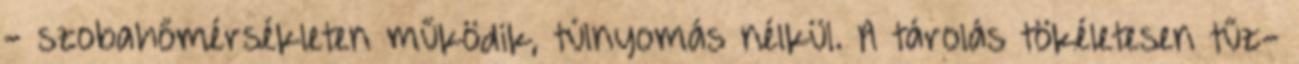
- szobahőmérsékleten működik, túlnyomás nélkül. A tárolás tökéletesen tűz-